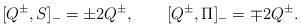
LaTeX: \begin{align*}[ Q^\pm,S ]_- = \pm 2 Q^\pm, \qquad [ Q^\pm,\Pi ]_- = \mp 2 Q^\pm.\end{align*}